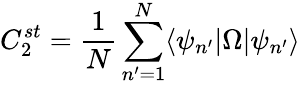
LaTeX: C_{2}^{st}=\frac{1}{N}\sum_{n^{\prime}=1}^{N}\langle\psi_{n^{\prime}}|\Omega|\psi_{n^{\prime}}\rangle